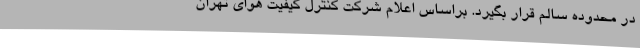
در محدوده سالم قرار بگیرد. براساس اعلام شرکت کنترل کیفیت هوای تهران